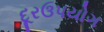
દૂરઉપયોગ